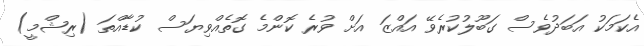
އެކަމަކު އަބަދުވެސް ގަބޫލުކުރެވޭ އައްޒަ އަށް ވުރެ ކޮންމެ ގޮތެއްވިޔަސް ކުޑާއްތަ (ރިޝްމީ)